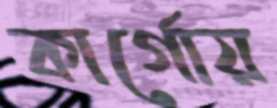
কার্গোয়